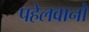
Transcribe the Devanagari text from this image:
पहेलवानो